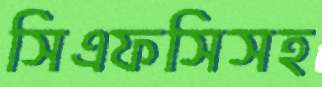
সিএফসিসহ